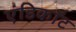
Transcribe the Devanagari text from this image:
एंडिकॉट